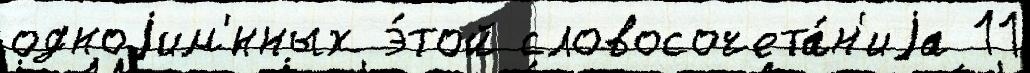
одноjим'́нных э́той словосочета́н'иjа 11